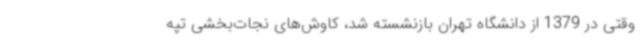
وقتی در 1379 از دانشگاه تهران بازنشسته شد، کاوش‌های نجات‌بخشی تپه